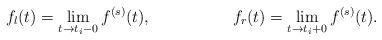
LaTeX: \begin{align*}f_l(t) &= \lim\limits_{t\to t_i-0} f^{(s)}(t), &f_r(t) &= \lim\limits_{t\to t_i+0} f^{(s)}(t).\end{align*}